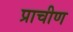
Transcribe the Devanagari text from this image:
प्राचीण